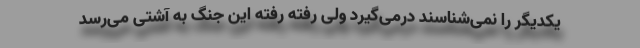
یکدیگر را نمی‌شناسند درمی‌گیرد ولی رفته رفته این جنگ به آشتی می‌رسد